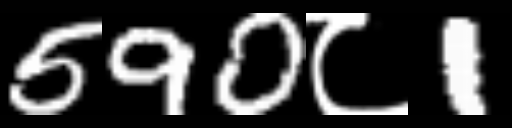
Text: 590८1